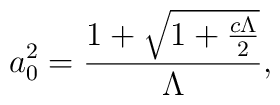
a_{0}^{2}=\frac{1+\sqrt{1+\frac{c\Lambda }{2}}}{{\Lambda }},